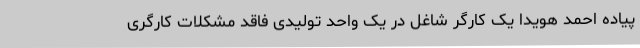
پیاده احمد هویدا یک کارگر شاغل در یک واحد تولیدی فاقد مشکلات کارگری